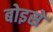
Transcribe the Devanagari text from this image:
बोइसे